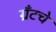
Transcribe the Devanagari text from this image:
ग्रँटचे